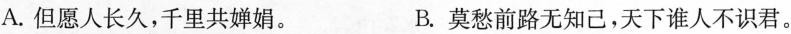
A.但愿人长久，千里共婵娟。 B.莫愁前路无知己，天下谁人不识君。